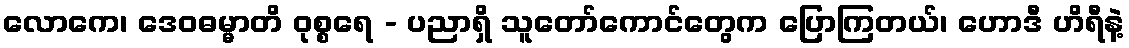
လောကေ၊ ဒေဝဓမ္မာတိ ဝုစ္စရေ - ပညာရှိ သူတော်ကောင်တွေက ပြောကြတယ်၊ ဟောဒီ ဟိရီနဲ့